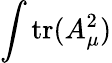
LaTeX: \int\mathrm{tr}(A_{\mu}^{2})